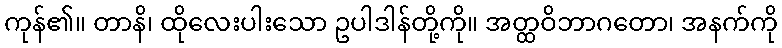
ကုန်၏။ တာနိ၊ ထိုလေးပါးသော ဥပါဒါန်တို့ကို။ အတ္ထဝိဘာဂတော၊ အနက်ကို